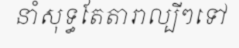
នាំសុទ្ធតែតារាល្បីៗទៅ